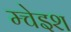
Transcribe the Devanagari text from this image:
म्चेइश